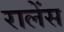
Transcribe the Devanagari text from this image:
रालेंस